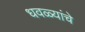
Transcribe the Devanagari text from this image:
धवळ्यांचे